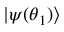
\ensuremath { \lvert { \psi ( { \boldsymbol { \theta } } _ { 1 } ) } \rangle }